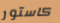
كاستور